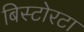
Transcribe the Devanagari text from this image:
बिस्टोरटा